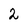
Character: 2